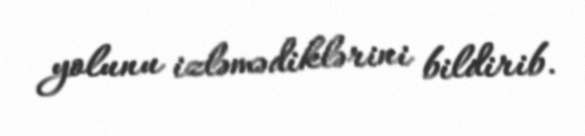
yolunu izləmədiklərini bildirib.